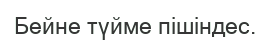
Бейне түйме пішіндес.